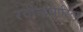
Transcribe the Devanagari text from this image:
रवीन्द्रसाहित्य